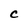
Character: C